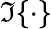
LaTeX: \Im\{ \cdot\}